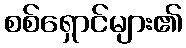
စစ်ရှောင်များ၏